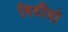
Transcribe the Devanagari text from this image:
विडीवो